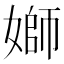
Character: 𡟪